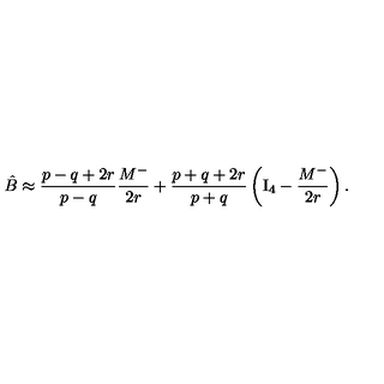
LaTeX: \hat { B } \approx { \frac { p - q + 2 r } { p - q } } { \frac { M ^ { - } } { 2 r } } + { \frac { p + q + 2 r } { p + q } } \left( \mathrm { I } _ { 4 } - { \frac { M ^ { - } } { 2 r } } \right) .